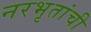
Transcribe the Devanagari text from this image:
नरभृतांची